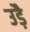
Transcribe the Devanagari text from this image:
उड़ै